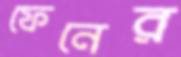
ফেনের